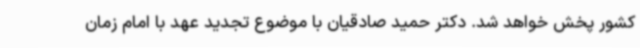
کشور پخش خواهد شد. دکتر حمید صادقیان با موضوع تجدید عهد با امام زمان